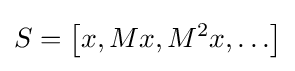
S=\left[x,Mx,M^{2}x,\ldots \right]